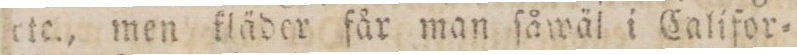
etc., men kläder får man ſåwäl i Califor=